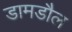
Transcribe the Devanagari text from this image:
डामडौल